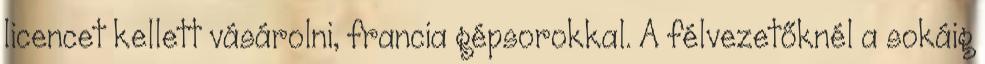
licencet kellett vásárolni, francia gépsorokkal. A félvezetőknél a sokáig